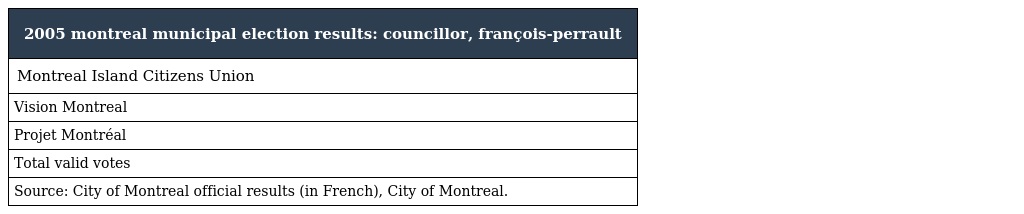
| 2005 montreal municipal election results: councillor, françois-perrault |
 | --- |
 | Montreal Island Citizens Union |
 | Vision Montreal |
 | Projet Montréal |
 | Total valid votes |
 | Source: City of Montreal official results (in French), City of Montreal. |